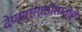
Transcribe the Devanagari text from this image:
देण्यासाठीसाठीही